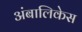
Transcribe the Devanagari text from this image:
अंबालिकेस